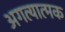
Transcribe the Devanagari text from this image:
अगत्यात्मक